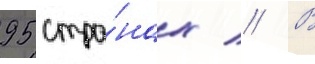
95 стра́нах // В